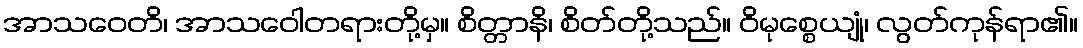
အာသဝေတိ၊ အာသဝေါတရားတို့မှ။ စိတ္တာနိ၊ စိတ်တို့သည်။ ဝိမုစ္စေယျုံ၊ လွတ်ကုန်ရာ၏။